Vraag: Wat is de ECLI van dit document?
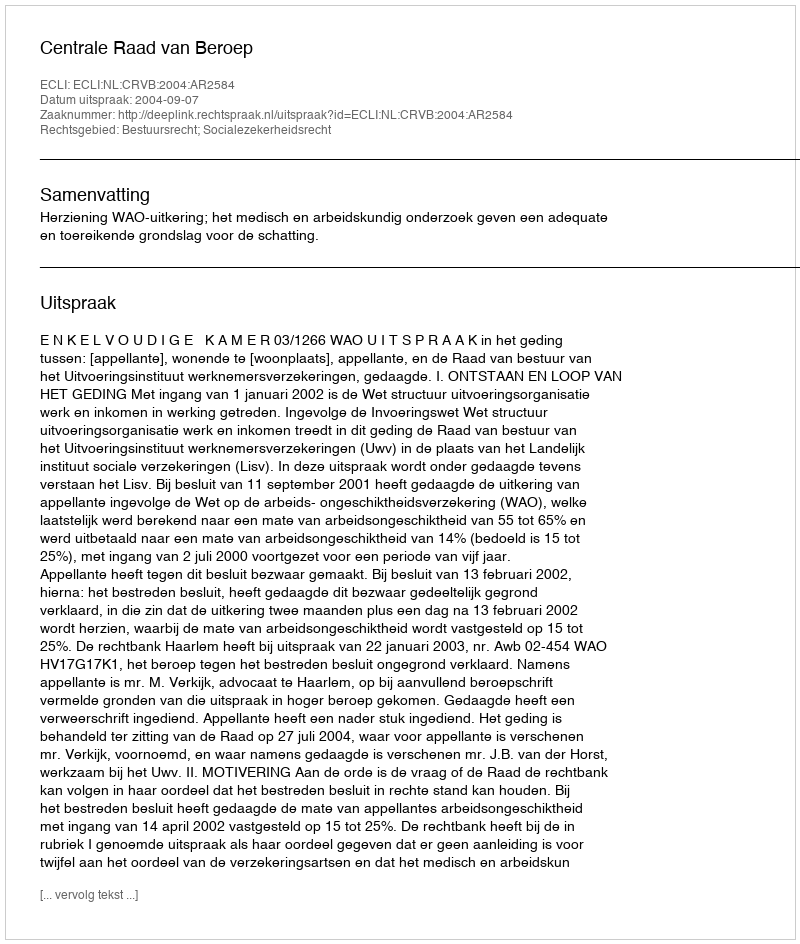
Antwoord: ECLI:NL:CRVB:2004:AR2584